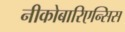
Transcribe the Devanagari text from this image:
नीकोबारिएन्सिस